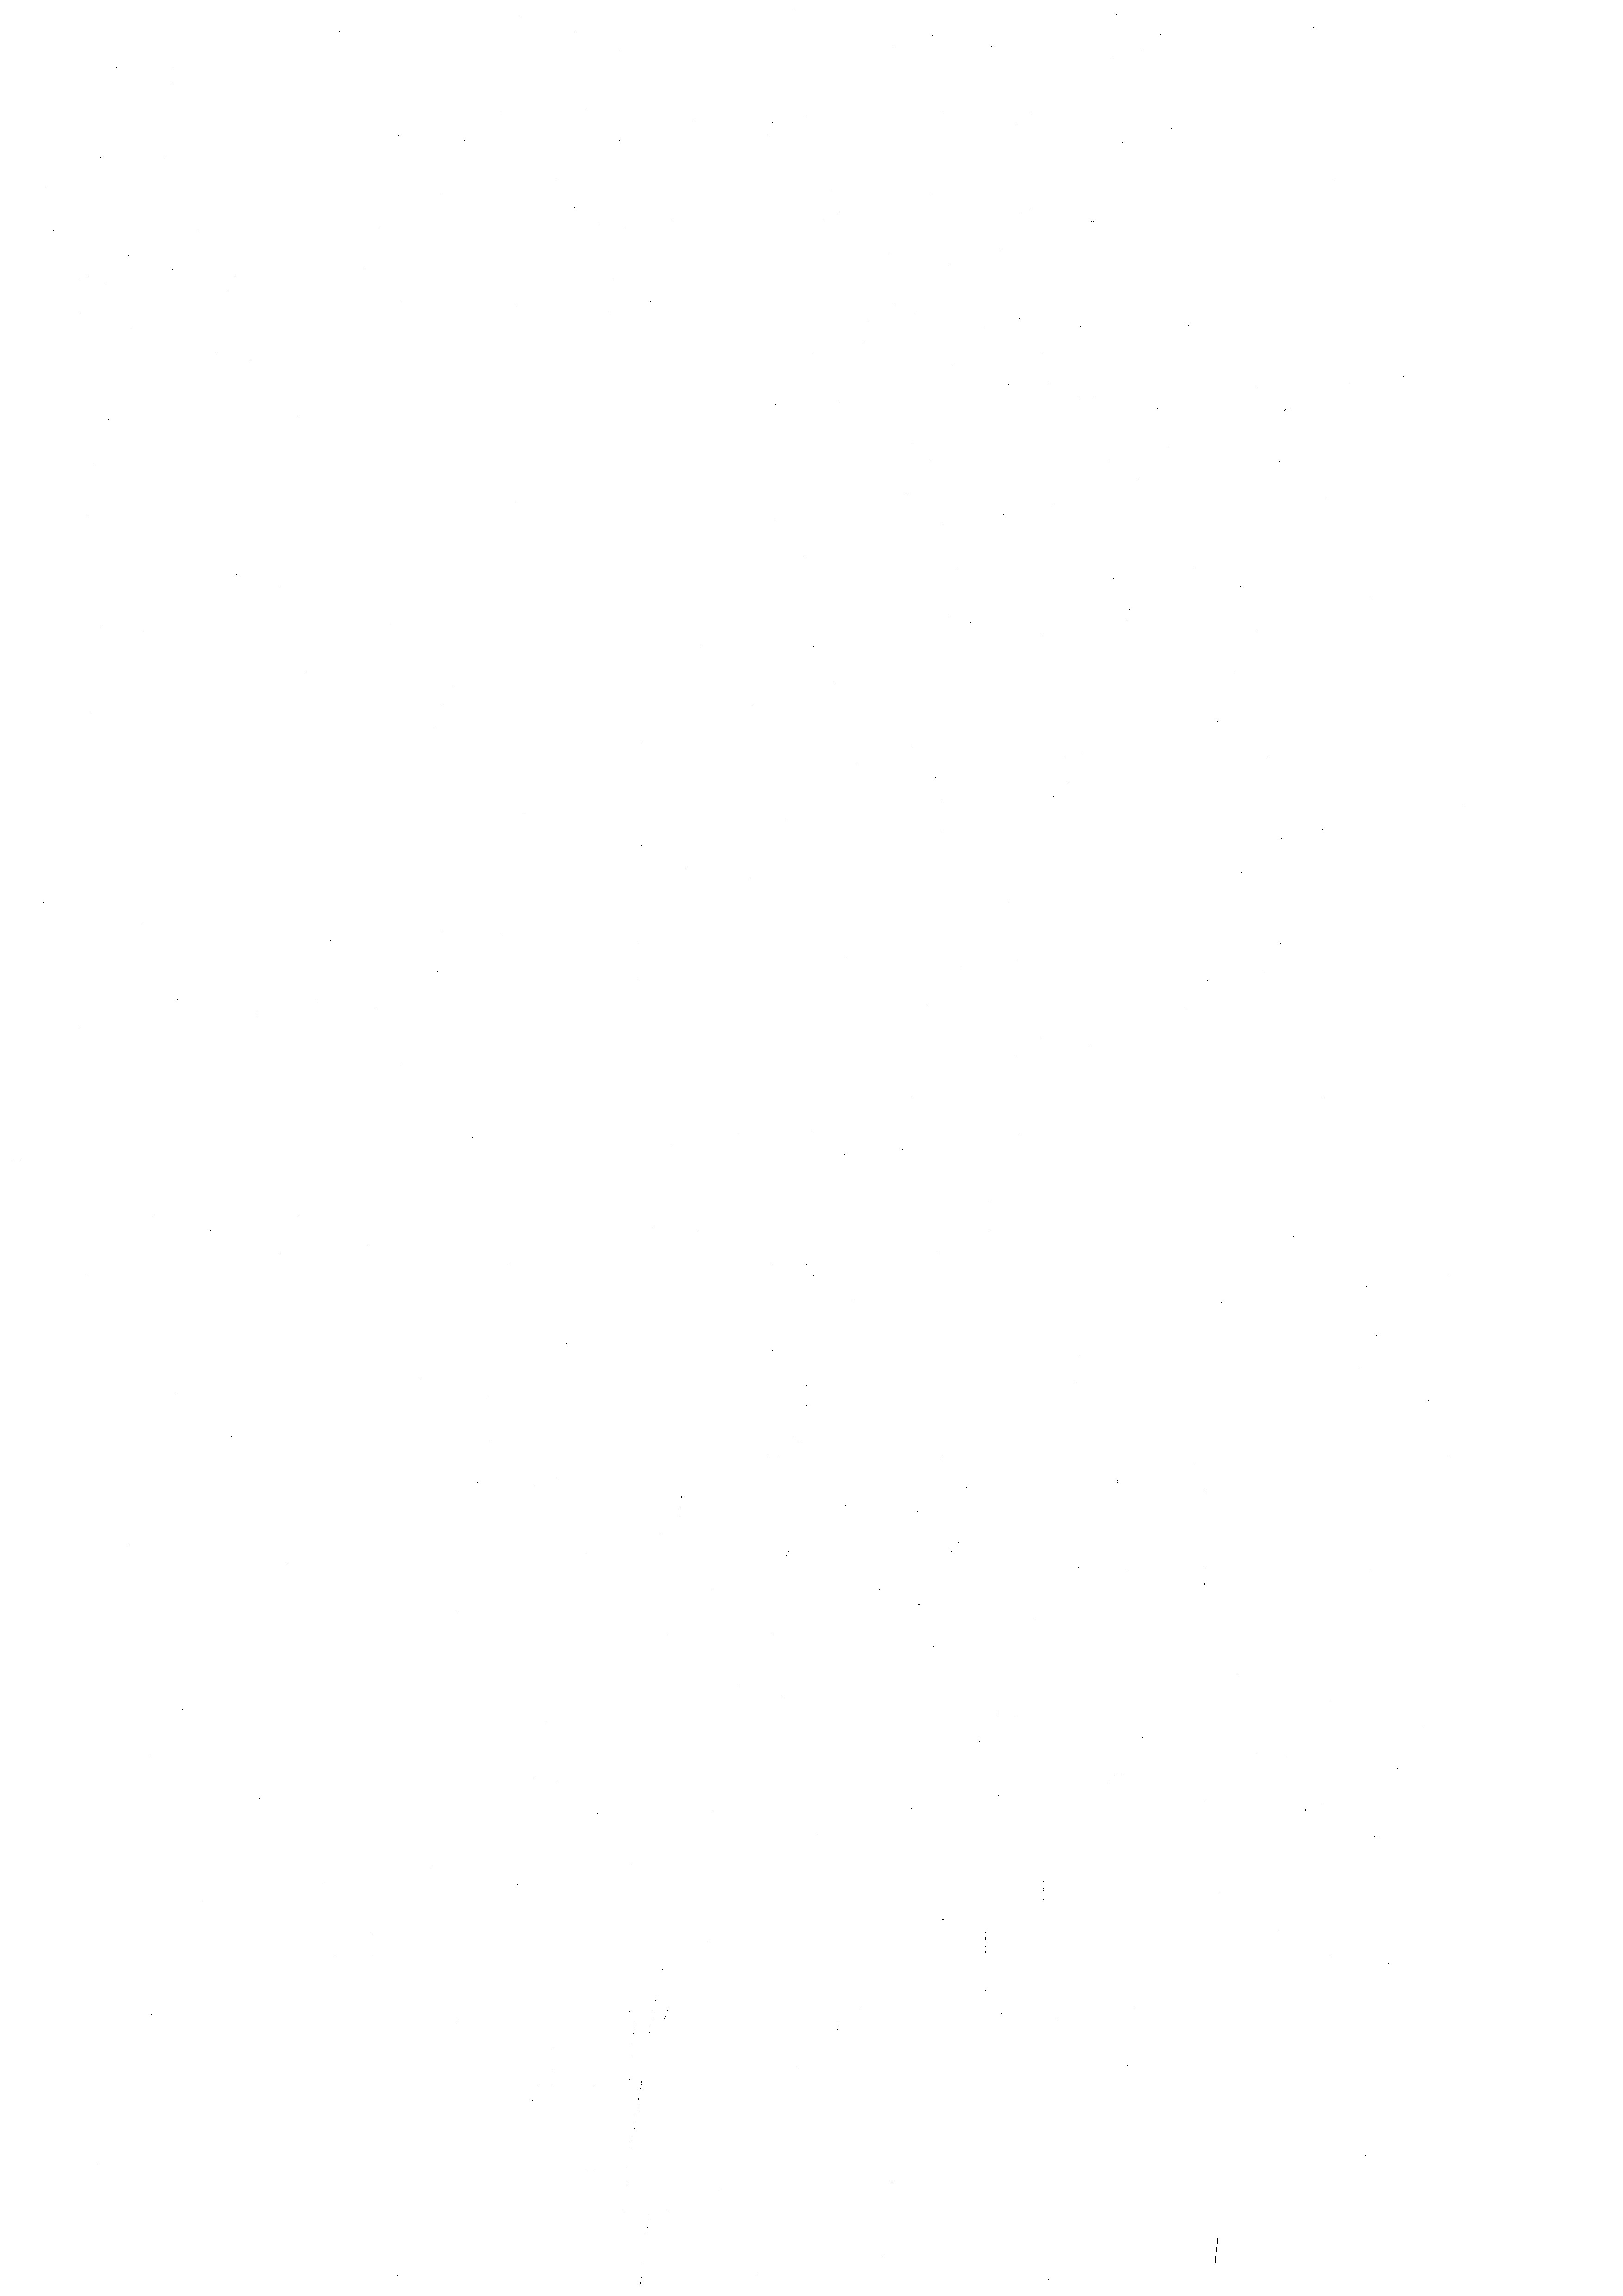
a

n

e

¬

e

e
e
e

¬
e

e

n

n

e

e
e
e
e
3
e
.
e
e

e

e
e
e
e
e

e
¬

¬
n

e
e

2

e

¬

¬

e

e

.
6

e
¬
e
n
e
¬
e
e
e
.
e
e
e
n

.
.

.
e

e

e

e

n
e
.
e

.

e
e
¬
e
e
e
e
e
e
.
.
e
e
e
e
¬
¬
¬
.
e
e
.
¬
e
.
e
¬
.
e
e
e
e
2
d
e
e
.
.
d

e
.
.
.

e
e
22
e

¬
n

¬
e
e
e
e
d
e
.
¬
.

e

.

e
n
e
e
.
e
¬

e
e
e
e
e
¬
e
e
¬
e
e
e
¬
e
2

e
n

n
e

e
e
¬
e
e
.

e

¬

e

e

n
¬

n

e

e